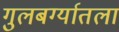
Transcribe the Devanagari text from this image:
गुलबर्ग्यातला